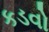
કડવો